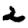
Digit: 2